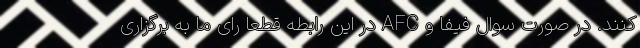
کنند. در صورت سوال فیفا و AFC در این رابطه قطعا رای ما به برگزاری